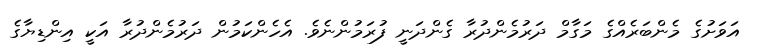
އަވަށުގެ މެންބަރެއްގެ މަގާމް ދަރުމެންދުރާ ގެންދަނީ ފުރަމުންނެވެ. އެހެންކަމުން ދަރުމެންދުރާ އަކީ އިންޑިޔާގެ